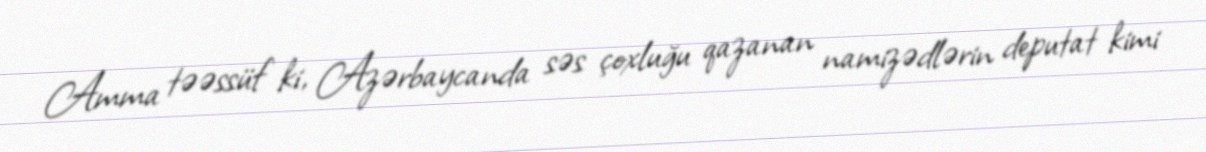
Amma təəssüf ki, Azərbaycanda səs çoxluğu qazanan namizədlərin deputat kimi